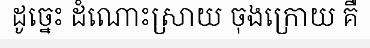
ដូច្នេះ ដំណោះស្រាយ ចុងក្រោយ គឺ